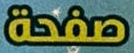
صفحة